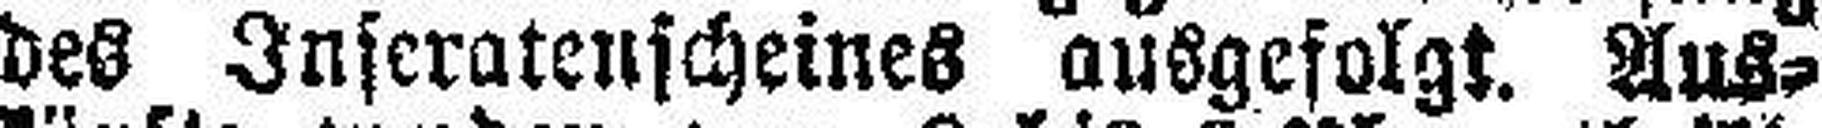
des Inseratenscheines ausgefolgt, Aus¬